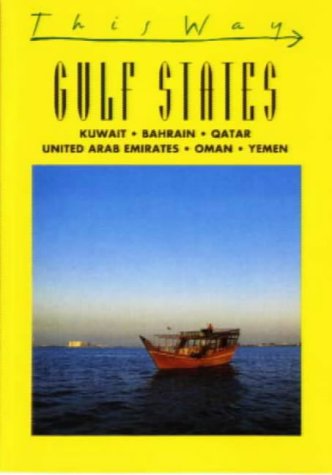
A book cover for Gulf States: Kuwait, Bahrain, Quatar, United Arab Emirates, Oman, Yemen (This Way Guides); Travel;